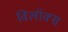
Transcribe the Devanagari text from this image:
विलॉक्स